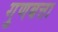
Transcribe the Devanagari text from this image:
गुणबत्ता